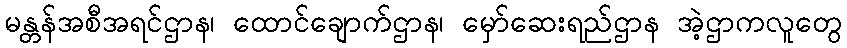
မန္တန်အစီအရင်ဌာန၊ ထောင်ချောက်ဌာန၊ မှော်ဆေးရည်ဌာန အဲ့ဌာကလူတွေ